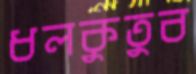
ধলকুতুব